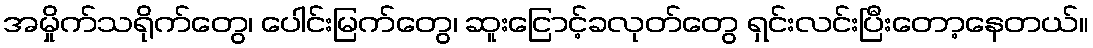
အမှိုက်သရိုက်တွေ၊ ပေါင်းမြက်တွေ၊ ဆူးငြောင့်ခလုတ်တွေ ရှင်းလင်းပြီးတော့နေတယ်။